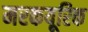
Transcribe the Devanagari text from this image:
मरकयूरिक